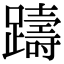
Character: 躊